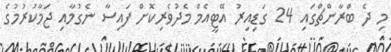
މި ދެ ބްރާންޗްގައި 24 ގަޑިއިރު އޭޓީއެމް މެދުވެރިކޮށް ފައިސާ ނެގުމާއި ޖަމާކުރުމުގެ